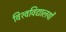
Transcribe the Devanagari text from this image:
विश्‍वविद्यालयों